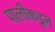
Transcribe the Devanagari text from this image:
पालीकडून